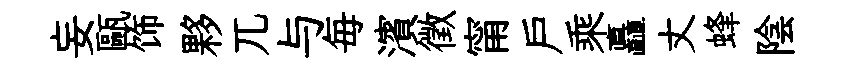
妄甌饰夥兀与毎濱徵甯戸乘矗丈蜂陰